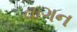
વાગન